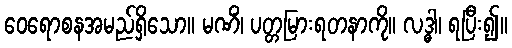
ဝေရောစနအမည်ရှိသော။ မဏိံ၊ ပတ္တမြားရတနာကို။ လဒ္ဓါ၊ ရပြီး၍။